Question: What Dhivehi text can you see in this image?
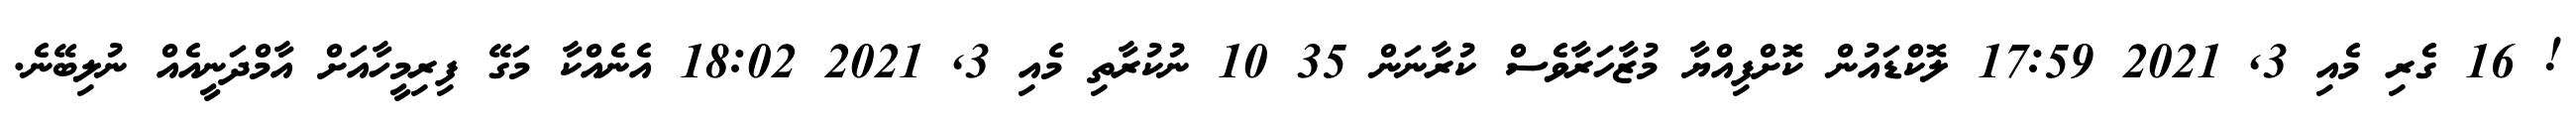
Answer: ! 16 ގެރި މެއި 3, 2021 17:59 ލޮކްޑައުން ކޮށްފިއްޔާ މުޒާހަރާވެސް ކުރާނަން 35 10 ނުކުރާތި މެއި 3, 2021 18:02 އެނެއްކާ މަގޭ ފިރިމީހާއަށް އާމްދަނީއެއް ނުލިބޭނެ.